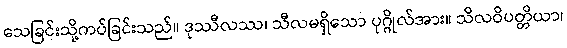
သေခြင်းသို့ကပ်ခြင်းသည်။ ဒုဿီလဿ၊ သီလမရှိသော ပုဂ္ဂိုလ်အား။ သိလဝိပတ္တိယာ၊